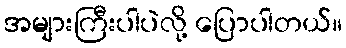
အများကြီးပါပဲလို့ ပြောပါတယ်။